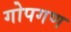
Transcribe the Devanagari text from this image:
गोपगण